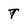
Character: T